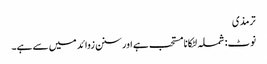
ترمذی
نوٹ: شملہ لٹکانا مستحب ہے اور سنن زوائد میں سے ہے۔